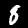
Label: 8